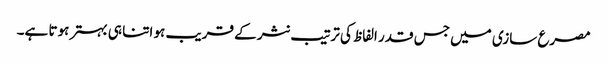
مصرع سازی میں جس قدر الفاظ کی ترتیب نثر کے قریب ہو اتنا ہی بہتر ہوتا ہے۔